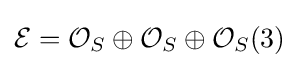
{\mathcal {E}}={\mathcal {O}}_{S}\oplus {\mathcal {O}}_{S}\oplus {\mathcal {O}}_{S}(3)